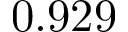
0 . 9 2 9